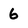
Character: 6